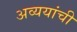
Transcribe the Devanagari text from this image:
अव्ययांची